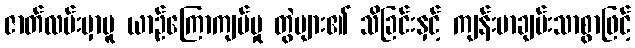
ဇာတ်လမ်းမှာမူ ယာဉ်ကြောကျပ်မှု တွဲများ၏ သိခြင်းနှင့် ကျန်းမာချမ်းသာစွာဖြင့်